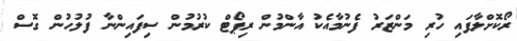
ރޯކޮށްލާފައި ހުރި މަންޒަރު ފެނުމާއެކު އާންމުން ރިޕޯޓް ކުރުމުން ސިފައިންނާ ފުުލުހުން ގޮސް